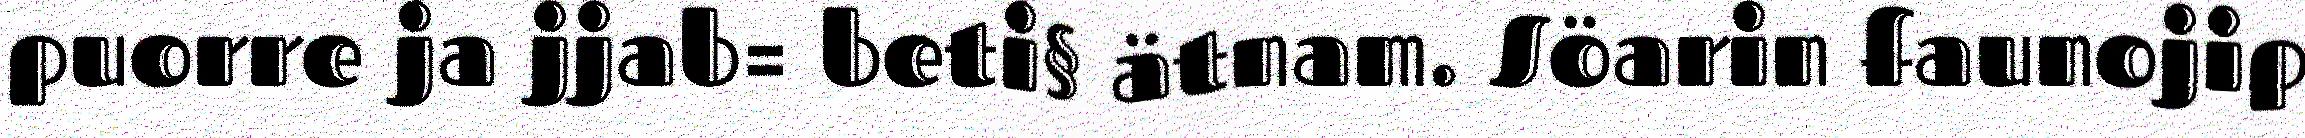
puorre ja jjab= beti§ ätnam. Söarin faunojip